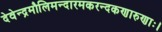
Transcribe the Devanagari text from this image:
देवेन्द्रमौलिमन्दारमकरन्दकणारुणाः।